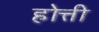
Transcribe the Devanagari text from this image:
होत्ती